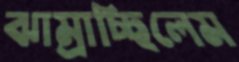
ঝাম্‌রাচ্ছিলেম